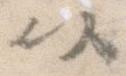
以